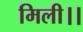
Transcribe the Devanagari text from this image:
मिली।।